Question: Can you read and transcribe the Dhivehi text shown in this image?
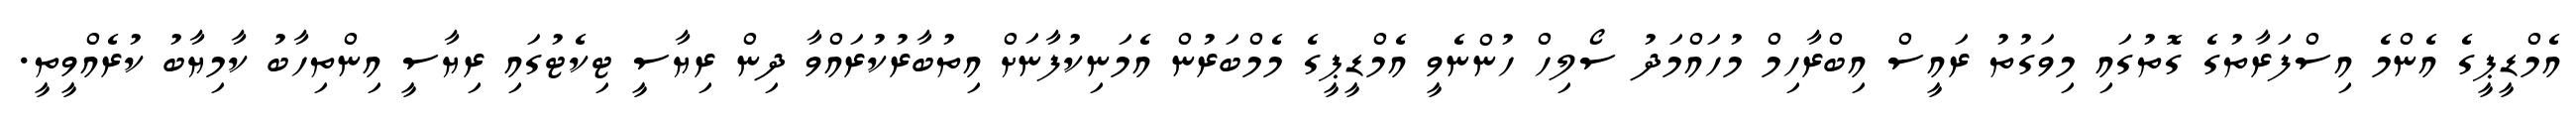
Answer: އެމްޑީޕީގެ އެންމެ އިސްފަރާތުގެ ގޮތުގައި މިވަގުތު ރައީސް އިބްރާހިމް މުހައްމަދު ސޯލިހް ހުންނެވީ އެމްޑީޕީގެ މެމްބަރުން އެމަނިކުފާނަށް އިތުބާރުކުރައްވާ ދިން ރިޔާސީ ޓިކެޓުގައި ރިޔާސީ އިންތިހާބު ކާމިޔާބު ކުރެއްވީތީ.